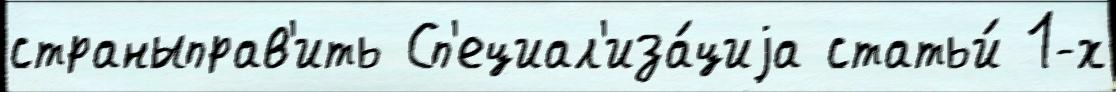
страныправ'ить Сп'ециал'иза́циjа статьи́ 1-х